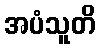
အပံသူတိ